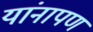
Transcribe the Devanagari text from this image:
यांनापण